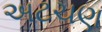
અટચણ